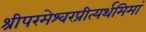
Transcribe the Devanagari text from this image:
श्रीपरमेश्वरप्रीत्यर्थमिमां